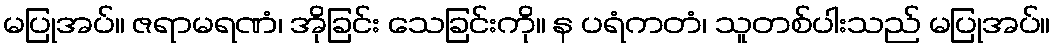
မပြုအပ်။ ဇရာမရဏံ၊ အိုခြင်း သေခြင်းကို။ န ပရံကတံ၊ သူတစ်ပါးသည် မပြုအပ်။